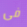
فى